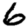
Digit: 6